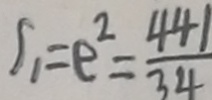
S _ { 1 } = e ^ { 2 } = \frac { 4 4 1 } { 3 4 }